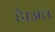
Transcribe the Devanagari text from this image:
है।अल